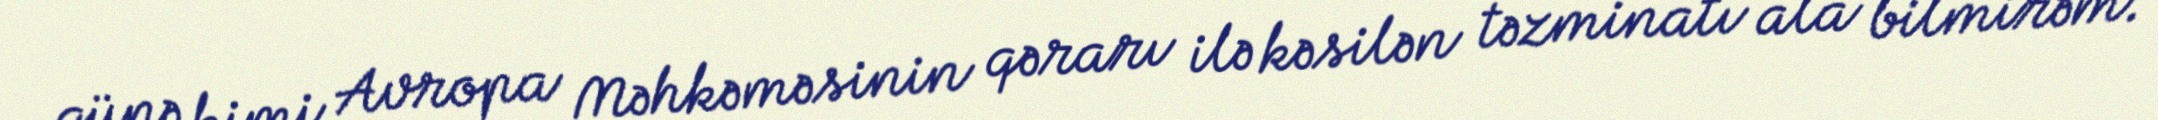
günə kimi Avropa Məhkəməsinin qərarı ilə kəsilən təzminatı ala bilmirəm.